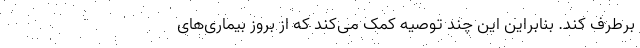
برطرف کند. بنابراین این چند توصیه کمک می‌کند که از بروز بیماری‌های